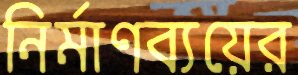
নির্মাণব্যয়ের